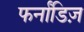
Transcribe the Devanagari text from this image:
फर्नांडिज़